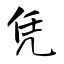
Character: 凭